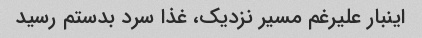
اینبار علیرغم مسیر نزدیک، غذا سرد بدستم رسید